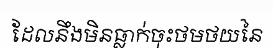
ដែលនឹងមិនធ្លាក់ចុះថមថយនៃ